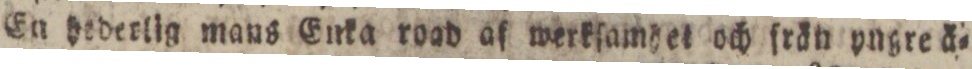
En hederlig mans Enka road af werkſamhet och frän yngre ä=